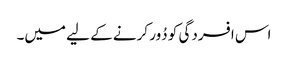
اس افسردگی کو دُور کرنے کے لیے میں۔